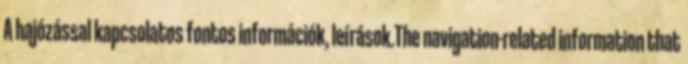
A hajózással kapcsolatos fontos információk, leírások.The navigation-related information that